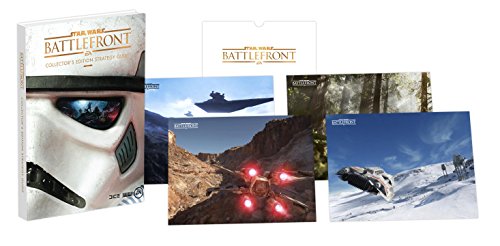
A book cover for STAR WARS Battlefront Collector's Edition Guide; Prima Games; Humor & Entertainment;